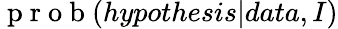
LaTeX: \mathrm{~p~r~o~b~}(hypothesis|data,I)